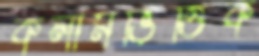
কলামভিত্তিক